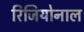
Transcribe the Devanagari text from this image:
रिजियोनाल